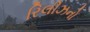
રિલીઝનો